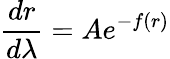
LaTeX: \frac{dr}{d\lambda}=Ae^{-f(r)}